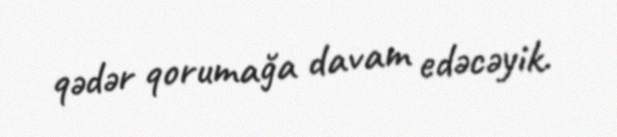
qədər qorumağa davam edəcəyik.